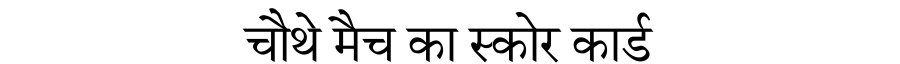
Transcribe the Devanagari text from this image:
चौथे मैच का स्कोर कार्ड